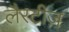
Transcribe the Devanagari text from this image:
लैरटीज़